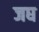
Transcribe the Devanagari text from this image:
जघ